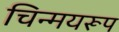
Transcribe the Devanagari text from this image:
चिन्मयरूप